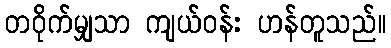
တဝိုက်မျှသာ ကျယ်ဝန်း ဟန်တူသည်။